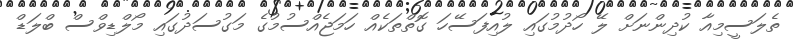
ތެލަސީމިއާ ކުދިންނަށް ލޭ ހޯދުމުގައި ލުއިފަސޭހަ ގޮތްތަކެއް ހަމަޖެއްސުމުގެ މަގުސަދުގައި މޯލްޑިވްސް ބްލަޑް